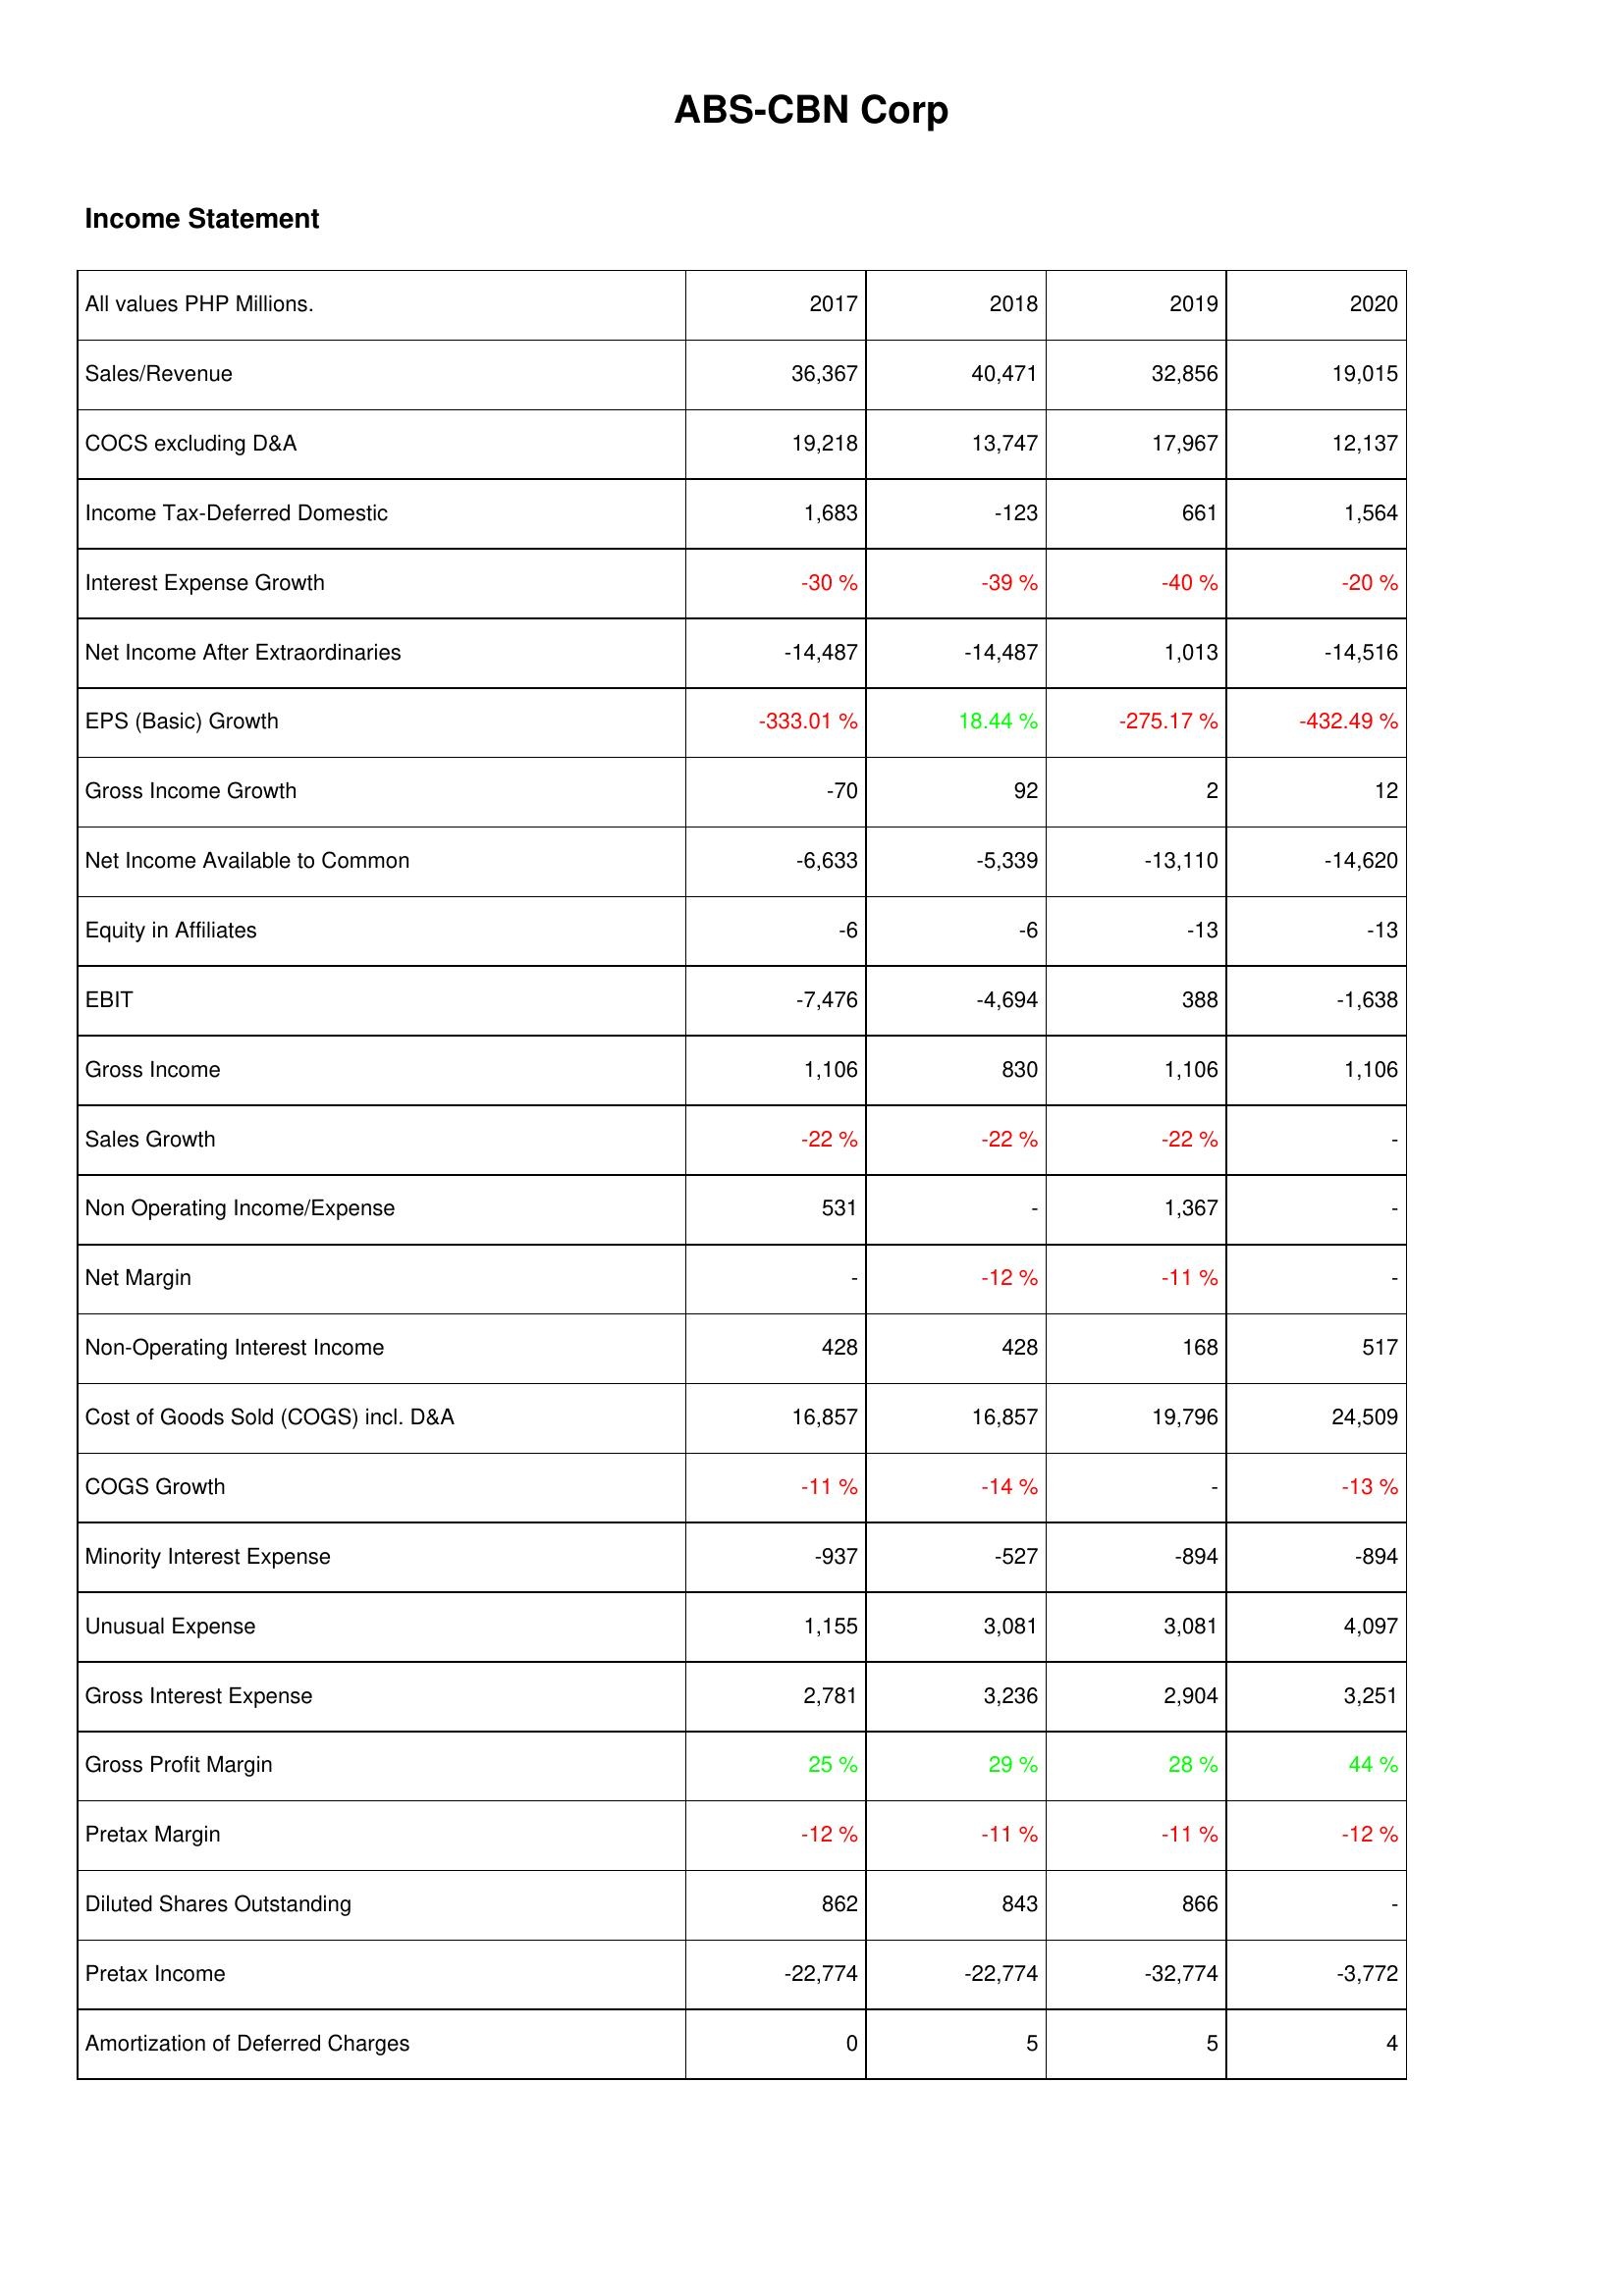
2017: Income Statement: Sales/Revenue: 36,367
COCS excluding D&A: 19,218
Income Tax-Deferred Domestic: 1,683
Interest Expense Growth: -30 %
Net Income After Extraordinaries: -14,487
EPS (Basic) Growth: -333.01 %
Gross Income Growth: -70
Net Income Available to Common: -6,633
Equity in Affiliates: -6
EBIT: -7,476
Gross Income: 1,106
Sales Growth: -22 %
Non Operating Income/Expense: 531
Net Margin: -
Non-Operating Interest Income: 428
Cost of Goods Sold (COGS) incl. D&A: 16,857
COGS Growth: -11 %
Minority Interest Expense: -937
Unusual Expense: 1,155
Gross Interest Expense: 2,781
Gross Profit Margin: 25 %
Pretax Margin: -12 %
Diluted Shares Outstanding: 862
Pretax Income: -22,774
Amortization of Deferred Charges: 0
2018: Income Statement: Sales/Revenue: 40,471
COCS excluding D&A: 13,747
Income Tax-Deferred Domestic: -123
Interest Expense Growth: -39 %
Net Income After Extraordinaries: -14,487
EPS (Basic) Growth: 18.44 %
Gross Income Growth: 92
Net Income Available to Common: -5,339
Equity in Affiliates: -6
EBIT: -4,694
Gross Income: 830
Sales Growth: -22 %
Non Operating Income/Expense: -
Net Margin: -12 %
Non-Operating Interest Income: 428
Cost of Goods Sold (COGS) incl. D&A: 16,857
COGS Growth: -14 %
Minority Interest Expense: -527
Unusual Expense: 3,081
Gross Interest Expense: 3,236
Gross Profit Margin: 29 %
Pretax Margin: -11 %
Diluted Shares Outstanding: 843
Pretax Income: -22,774
Amortization of Deferred Charges: 5
2019: Income Statement: Sales/Revenue: 32,856
COCS excluding D&A: 17,967
Income Tax-Deferred Domestic: 661
Interest Expense Growth: -40 %
Net Income After Extraordinaries: 1,013
EPS (Basic) Growth: -275.17 %
Gross Income Growth: 2
Net Income Available to Common: -13,110
Equity in Affiliates: -13
EBIT: 388
Gross Income: 1,106
Sales Growth: -22 %
Non Operating Income/Expense: 1,367
Net Margin: -11 %
Non-Operating Interest Income: 168
Cost of Goods Sold (COGS) incl. D&A: 19,796
COGS Growth: -
Minority Interest Expense: -894
Unusual Expense: 3,081
Gross Interest Expense: 2,904
Gross Profit Margin: 28 %
Pretax Margin: -11 %
Diluted Shares Outstanding: 866
Pretax Income: -32,774
Amortization of Deferred Charges: 5
2020: Income Statement: Sales/Revenue: 19,015
COCS excluding D&A: 12,137
Income Tax-Deferred Domestic: 1,564
Interest Expense Growth: -20 %
Net Income After Extraordinaries: -14,516
EPS (Basic) Growth: -432.49 %
Gross Income Growth: 12
Net Income Available to Common: -14,620
Equity in Affiliates: -13
EBIT: -1,638
Gross Income: 1,106
Sales Growth: -
Non Operating Income/Expense: -
Net Margin: -
Non-Operating Interest Income: 517
Cost of Goods Sold (COGS) incl. D&A: 24,509
COGS Growth: -13 %
Minority Interest Expense: -894
Unusual Expense: 4,097
Gross Interest Expense: 3,251
Gross Profit Margin: 44 %
Pretax Margin: -12 %
Diluted Shares Outstanding: -
Pretax Income: -3,772
Amortization of Deferred Charges: 4